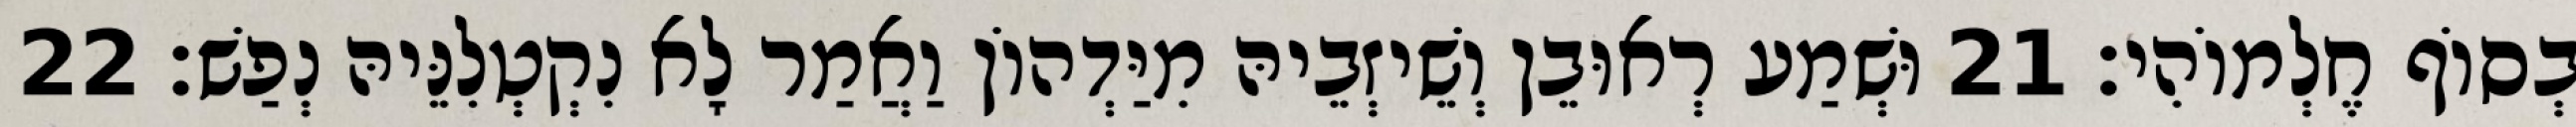
בְסוֹף חֶלְמוֹהִי׃ 21 וּשְׁמַע רְאוּבֵן וְשֵׁיזְבֵיהּ מִיַּדְהוֹן וַאֲמַר לָא נִקְטְלִנֵּיהּ נְפַשׁ׃ 22